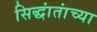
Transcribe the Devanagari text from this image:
सिद्धांतांच्या